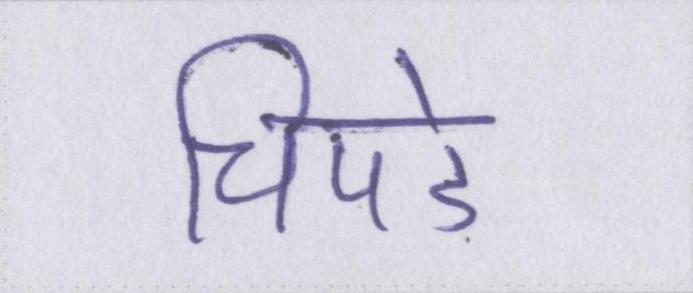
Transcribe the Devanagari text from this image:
चिपडे